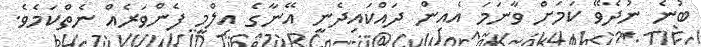
ބުނެ ނުދެވޭ ކަމަށް ވާނަމަ އެއިން ދައްކައިދެނީ އޭނާގެ އިލްމީ ފެންވަރެއް ނެތްކަމެވެ.